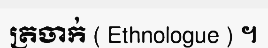
ត្រចាក់ ( Ethnologue ) ។